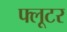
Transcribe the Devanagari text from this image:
फ्लूटर